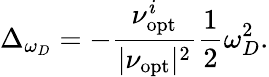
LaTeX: \Delta_{\omega_{D}}=-\frac{\nu_{\mathrm{opt}}^{i}}{|\nu_{\mathrm{opt}}|^{2}}\frac{1}{2}\omega_{D}^{2}.